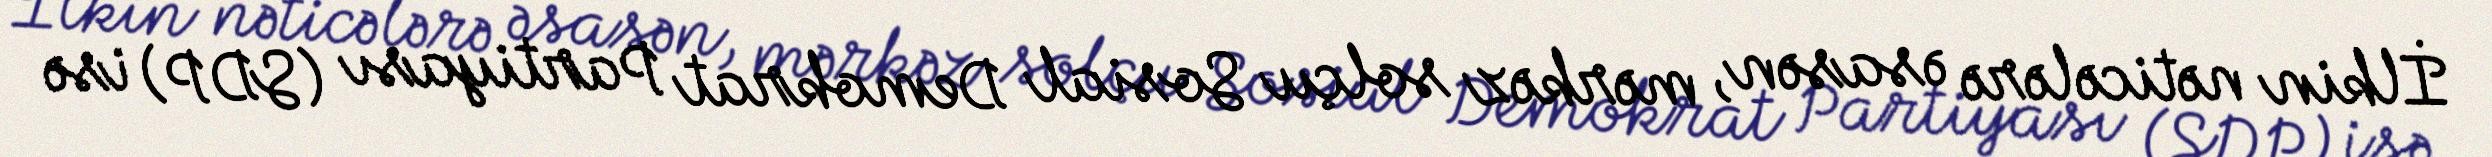
İlkin nəticələrə əsasən, mərkəz solçu Sosial Demokrat Partiyası (SDP) isə